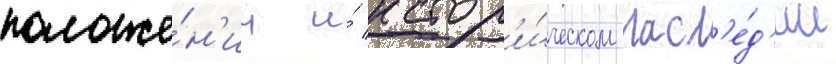
положе́н'ии и́ истор'и́ческом насл'е́д'ии